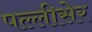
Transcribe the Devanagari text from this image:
पल्लीसेर